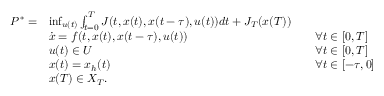
\begin{array} { r l r l } { P ^ { * } = } & { \operatorname* { i n f } _ { u ( t ) } \int _ { t = 0 } ^ { T } { J ( t , x ( t ) , x ( t - \tau ) , u ( t ) ) d t } + J _ { T } ( x ( T ) ) } \\ & { \dot { x } = f ( t , x ( t ) , x ( t - \tau ) , u ( t ) ) } & & { \forall t \in [ 0 , T ] } \\ & { u ( t ) \in U } & & { \forall t \in [ 0 , T ] } \\ & { x ( t ) = x _ { h } ( t ) } & & { \forall t \in [ - \tau , 0 ] } \\ & { x ( T ) \in X _ { T } . } \end{array}